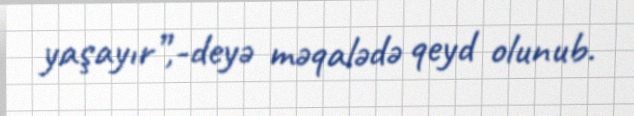
yaşayır”,-deyə məqalədə qeyd olunub.